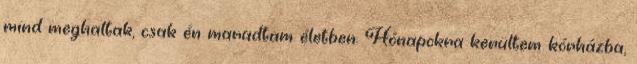
mind meghaltak, csak én maradtam életben. Hónapokra kerültem kórházba,